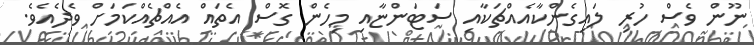
ނޫން ވެސް ހުރި ލައިގެންކާއެއްޗަކާއި ސަޓަންޏާއި މިހެން ގޮސް އެތައް އެއްޗެއްކަމަށް ވެދެއެވެ.